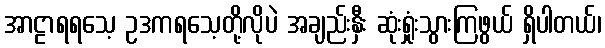
အာဠာရရသေ့ ဥဒကရသေ့တို့လိုပဲ အချည်းနှီး ဆုံးရှုံးသွားကြဖွယ် ရှိပါတယ်၊